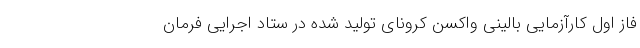
فاز اول کارآزمایی بالینی واکسن کرونای تولید شده در ستاد اجرایی فرمان